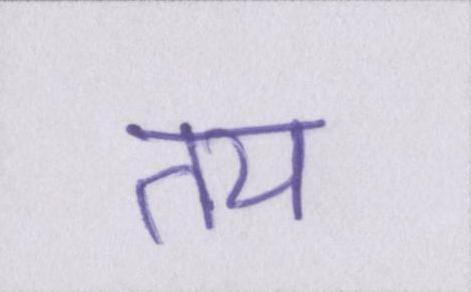
तय